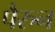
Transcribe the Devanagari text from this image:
पैरुन